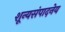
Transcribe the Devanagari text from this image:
शून्यसंपादनेय